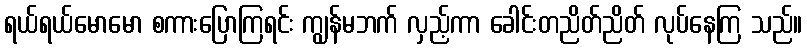
ရယ်ရယ်မောမော စကားပြောကြရင်း ကျွန်မဘက် လှည့်ကာ ခေါင်းတညိတ်ညိတ် လုပ်နေကြ သည်။